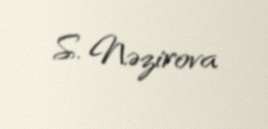
S. Nəzirova